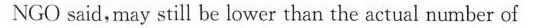
NGO said,may still be lower than the actual number of